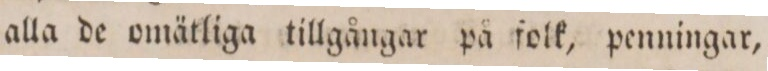
alla de omätliga tillgångar på folk, penningar,